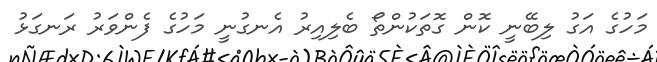
މަހުގެ އަގު ލިބޭނީ ކޮން ގޮތަކުންތޯ ބެލިއިރު އެނގުނީ މަހުގެ ފެންވަރު ރަނގަޅު